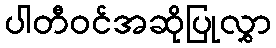
ပါတီဝင်အဆိုပြုလွှာ